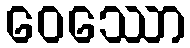
ဝေဿော